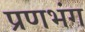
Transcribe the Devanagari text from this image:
प्रणभंग